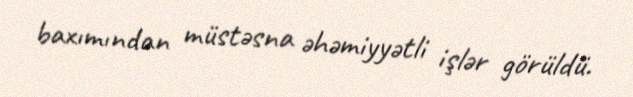
baxımından müstəsna əhəmiyyətli işlər görüldü.